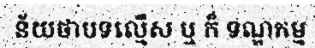
ន័យថាបទល្មើស ឬ ក៏ ទណ្ឌកម្ម